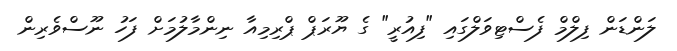
ލަންޑަން ފިލްމް ފެސްޓިވަލްގައި "ފިއުރީ" ގެ ޔޫރަޕް ޕްރިމިއާ ނިންމާލުމަށް ފަހު ނޫސްވެރިން